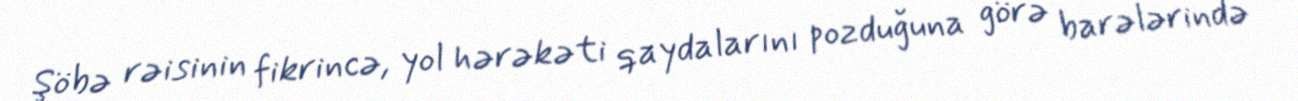
Şöbə rəisinin fikrincə, yol hərəkəti qaydalarını pozduğuna görə barələrində